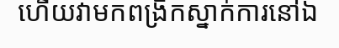
ហើយវាមកពង្រីកស្នាក់ការនៅឯ